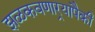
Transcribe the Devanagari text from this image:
झळकवणार्‍यांपैकी